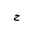
Letter: _ha